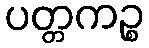
ပတ္တကဉ္စ